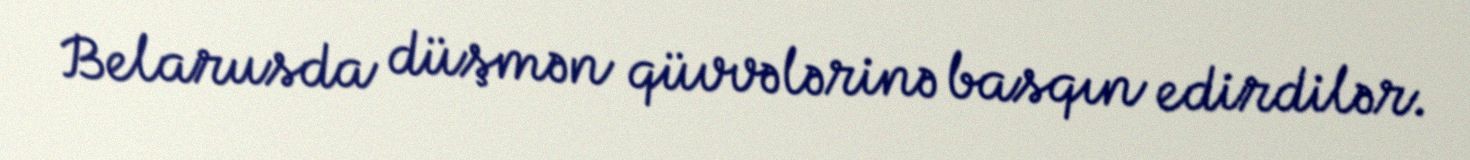
Belarusda düşmən qüvvələrinə basqın edirdilər.